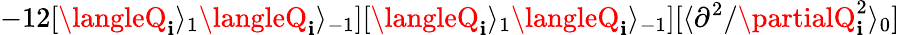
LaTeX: -12[\langleQ_{\mathbf{i}}\rangle_{1}\langleQ_{\mathbf{i}}\rangle_{-1}][\langleQ_{\mathbf{i}}\rangle_{1}\langleQ_{\mathbf{i}}\rangle_{-1}][\langle{\partial^{2}}/{\partialQ_{\mathbf{i}}^{2}}\rangle_{0}]